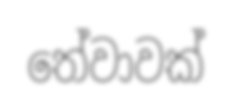
තේවාවක්